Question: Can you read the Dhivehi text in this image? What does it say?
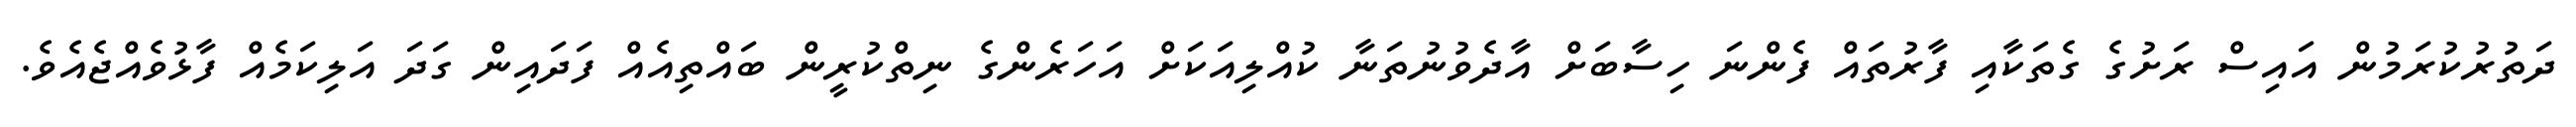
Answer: ދަތުރުކުރަމުން އައިސް ރަށުގެ ގެތަކާއި ފާރުތައް ފެންނަ ހިސާބަށް އާދެވުނުތަނާ ކުއްލިއަކަށް އަހަރެންގެ ނިތްކުރީން ބައްތިއެއް ފަދައިން ގަދަ އަލިކަމެއް ފާޅުވެއްޖެއެވެ.